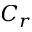
C _ { r }